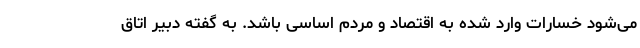
می‌شود خسارات وارد شده به اقتصاد و مردم اساسی باشد. به گفته دبیر اتاق